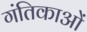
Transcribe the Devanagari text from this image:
गंतिकाओं